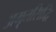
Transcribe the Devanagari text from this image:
अमृतसिद्धि